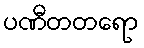
ပဏီတတရော